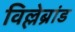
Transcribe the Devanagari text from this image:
विल्लेब्रांड